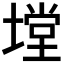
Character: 𭏠